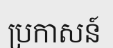
ប្រកាសន៍